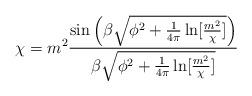
LaTeX: \begin{align*}\chi=m^2\frac {\sin \left( \beta \sqrt{\phi^2+ \frac{1}{4 \pi}\ln[\frac{m^2}{\chi}]} \right)}{\beta \sqrt{\phi^2 +\frac{1}{4\pi}\ln[\frac{m^2}{\chi}]}}\end{align*}